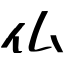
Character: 仏